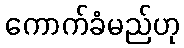
ကောက်ခံမည်ဟု